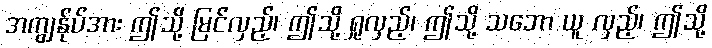
အကျွန်ုပ်အား ဤသို့ မြင်လှည့်၊ ဤသို့ ရှုလှည့်၊ ဤသို့ သဘော ယူ လှည့်၊ ဤသို့